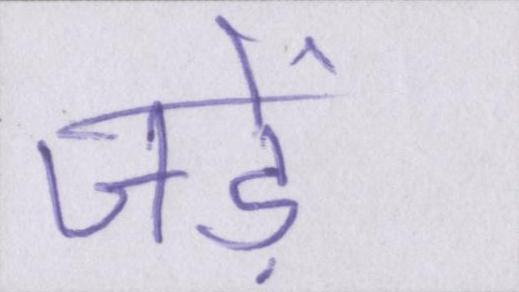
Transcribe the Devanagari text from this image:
जड़ें